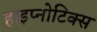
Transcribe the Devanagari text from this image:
हाइप्नोटिक्स